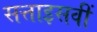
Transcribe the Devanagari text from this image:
सत्ताइसवीं